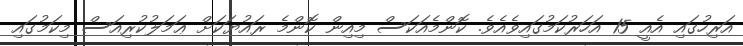
އަރިހުގައި އެއީ 15 އަހަރުކަމުގައިވެއެވެ. ކޮންމެއަކަސް މިއިން ކޮންމެ ރައުޔަކަށް ޢަމަލުކުރިއަސް މިކަމުގައި